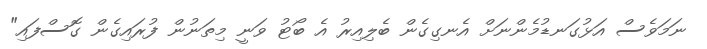
ނަމަވެސް އަޅުގަނޑުމެންނަށް އެނގިގެން ބެލިއިރު އެ ބޯޓު ވަނީ މިތަނުން ފުރައިގެން ގޮސްފައި"